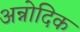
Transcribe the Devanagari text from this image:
अन्नोदिक